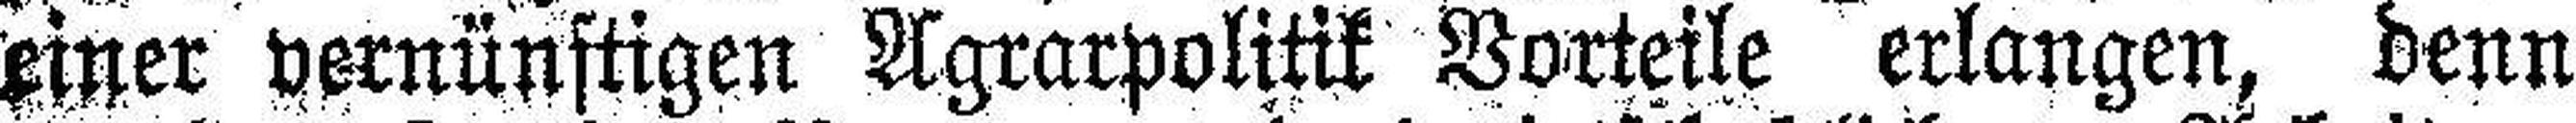
einer vernünftigen Agrarpolitik Vorteile erlangen, denn